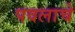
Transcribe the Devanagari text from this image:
पवलाचे